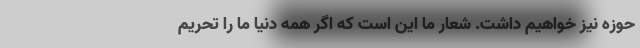
حوزه نیز خواهیم داشت. شعار ما این است که اگر همه دنیا ما را تحریم